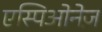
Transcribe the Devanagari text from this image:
एस्पिओनेज़